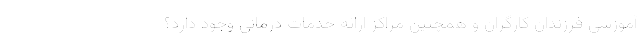
آموزشی فرزندان کارگران و همچنین مراکز ارائه خدمات درمانی وجود دارد؟